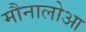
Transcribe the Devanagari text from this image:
मौनालोआ